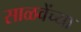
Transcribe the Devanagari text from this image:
साळवेंच्या